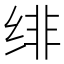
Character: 绯